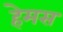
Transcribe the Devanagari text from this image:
हेमस